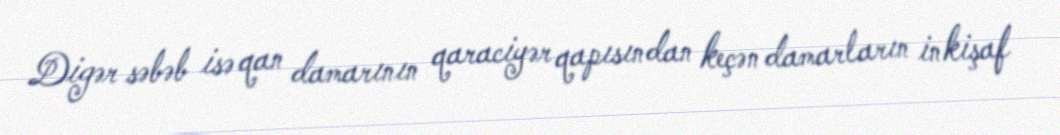
Digər səbəb isə qan damarının qaraciyər qapısından keçən damarların inkişaf